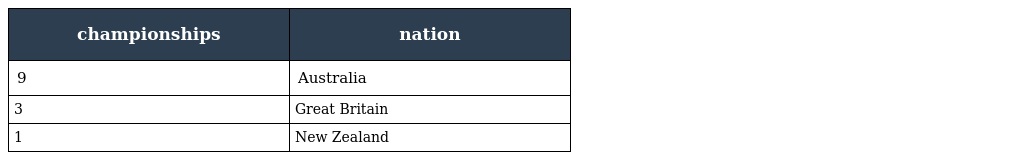
| championships | nation |
 | --- | --- |
 | 9 | Australia |
 | 3 | Great Britain |
 | 1 | New Zealand |